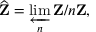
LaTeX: { \widehat { \mathbf { Z } } } = \varprojlim _ { n } \mathbf { Z } / n \mathbf { Z } ,